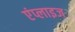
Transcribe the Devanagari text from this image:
एंप्लाइज